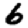
Digit: 6